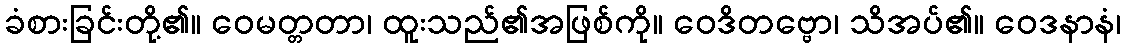
ခံစားခြင်းတို့၏။ ဝေမတ္တတာ၊ ထူးသည်၏အဖြစ်ကို။ ဝေဒိတဗ္ဗော၊ သိအပ်၏။ ဝေဒနာနံ၊